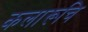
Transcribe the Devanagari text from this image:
कलारूचि